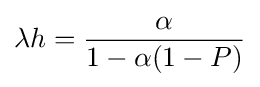
\lambda h={\frac {\alpha }{1-\alpha (1-P)}}